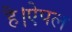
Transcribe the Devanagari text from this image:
है।ऐपल